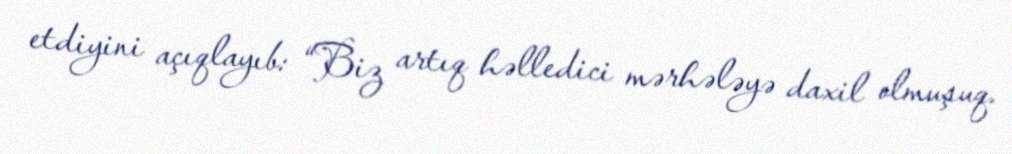
etdiyini açıqlayıb: “Biz artıq həlledici mərhələyə daxil olmuşuq.